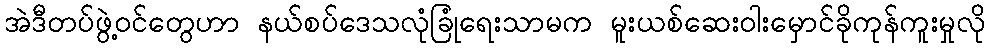
အဲဒီတပ်ဖွဲ့ဝင်တွေဟာ နယ်စပ်ဒေသလုံခြုံရေးသာမက မူးယစ်ဆေးဝါးမှောင်ခိုကုန်ကူးမှုလို